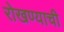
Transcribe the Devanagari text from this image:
रोखण्याची